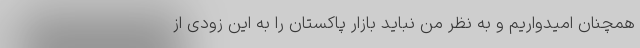
همچنان امیدواریم و به نظر من نباید بازار پاکستان را به این زودی از